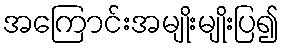
အကြောင်းအမျိုးမျိုးပြ၍